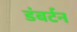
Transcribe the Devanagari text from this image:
डंबर्टन